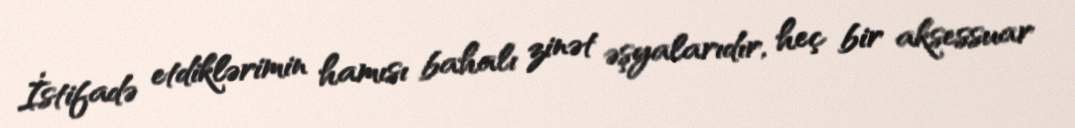
İstifadə etdiklərimin hamısı bahalı zinət əşyalarıdır, heç bir aksessuar